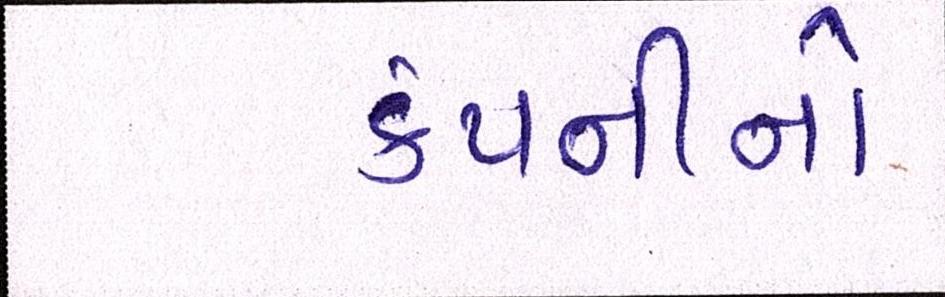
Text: કંપનીનો